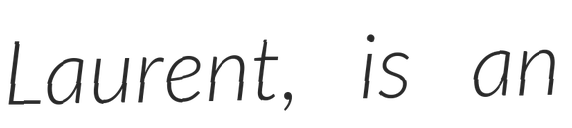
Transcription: Laurent, is an